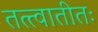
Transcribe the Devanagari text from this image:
तत्त्वातीतः